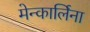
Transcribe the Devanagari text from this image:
मेन्कार्लिना